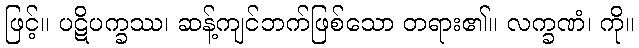
ဖြင့်။ ပဋိပက္ခဿ၊ ဆန့်ကျင်ဘက်ဖြစ်သော တရား၏။ လက္ခဏံ၊ ကို။